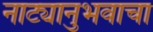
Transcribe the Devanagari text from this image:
नाट्यानुभवाचा